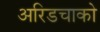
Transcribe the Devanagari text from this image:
अरिडचाको